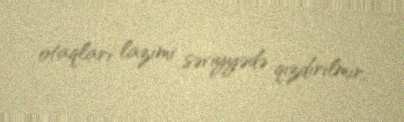
otaqları lazımi səviyyədə qızdırılmır.